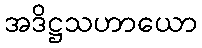
အဒိဋ္ဌသဟာယော